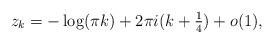
LaTeX: \begin{align*} z_{k}= -\log (\pi k) + 2\pi i(k+\tfrac 14) +o(1),\end{align*}